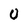
Character: 0